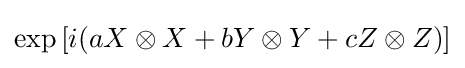
\exp \left[i(aX\otimes X+bY\otimes Y+cZ\otimes Z)\right]